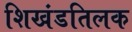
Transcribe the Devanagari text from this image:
शिखंडतिलक